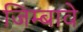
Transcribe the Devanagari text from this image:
जिम्बावे